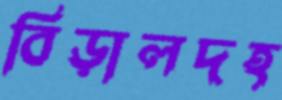
বিড়ালদহ